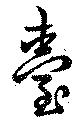
台